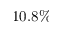
1 0 . 8 \%